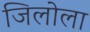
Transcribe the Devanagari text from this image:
जिलोला